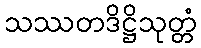
သဿတဒိဋ္ဌိသုတ္တံ